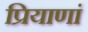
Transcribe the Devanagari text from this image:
प्रियाणां